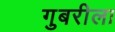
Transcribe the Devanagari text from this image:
गुबरीला